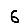
Digit: 6